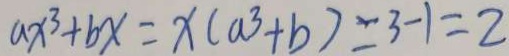
a x ^ { 3 } + b x = x ( a ^ { 3 } + b ) = 3 - 1 = 2